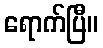
ရောက်ပြီ။